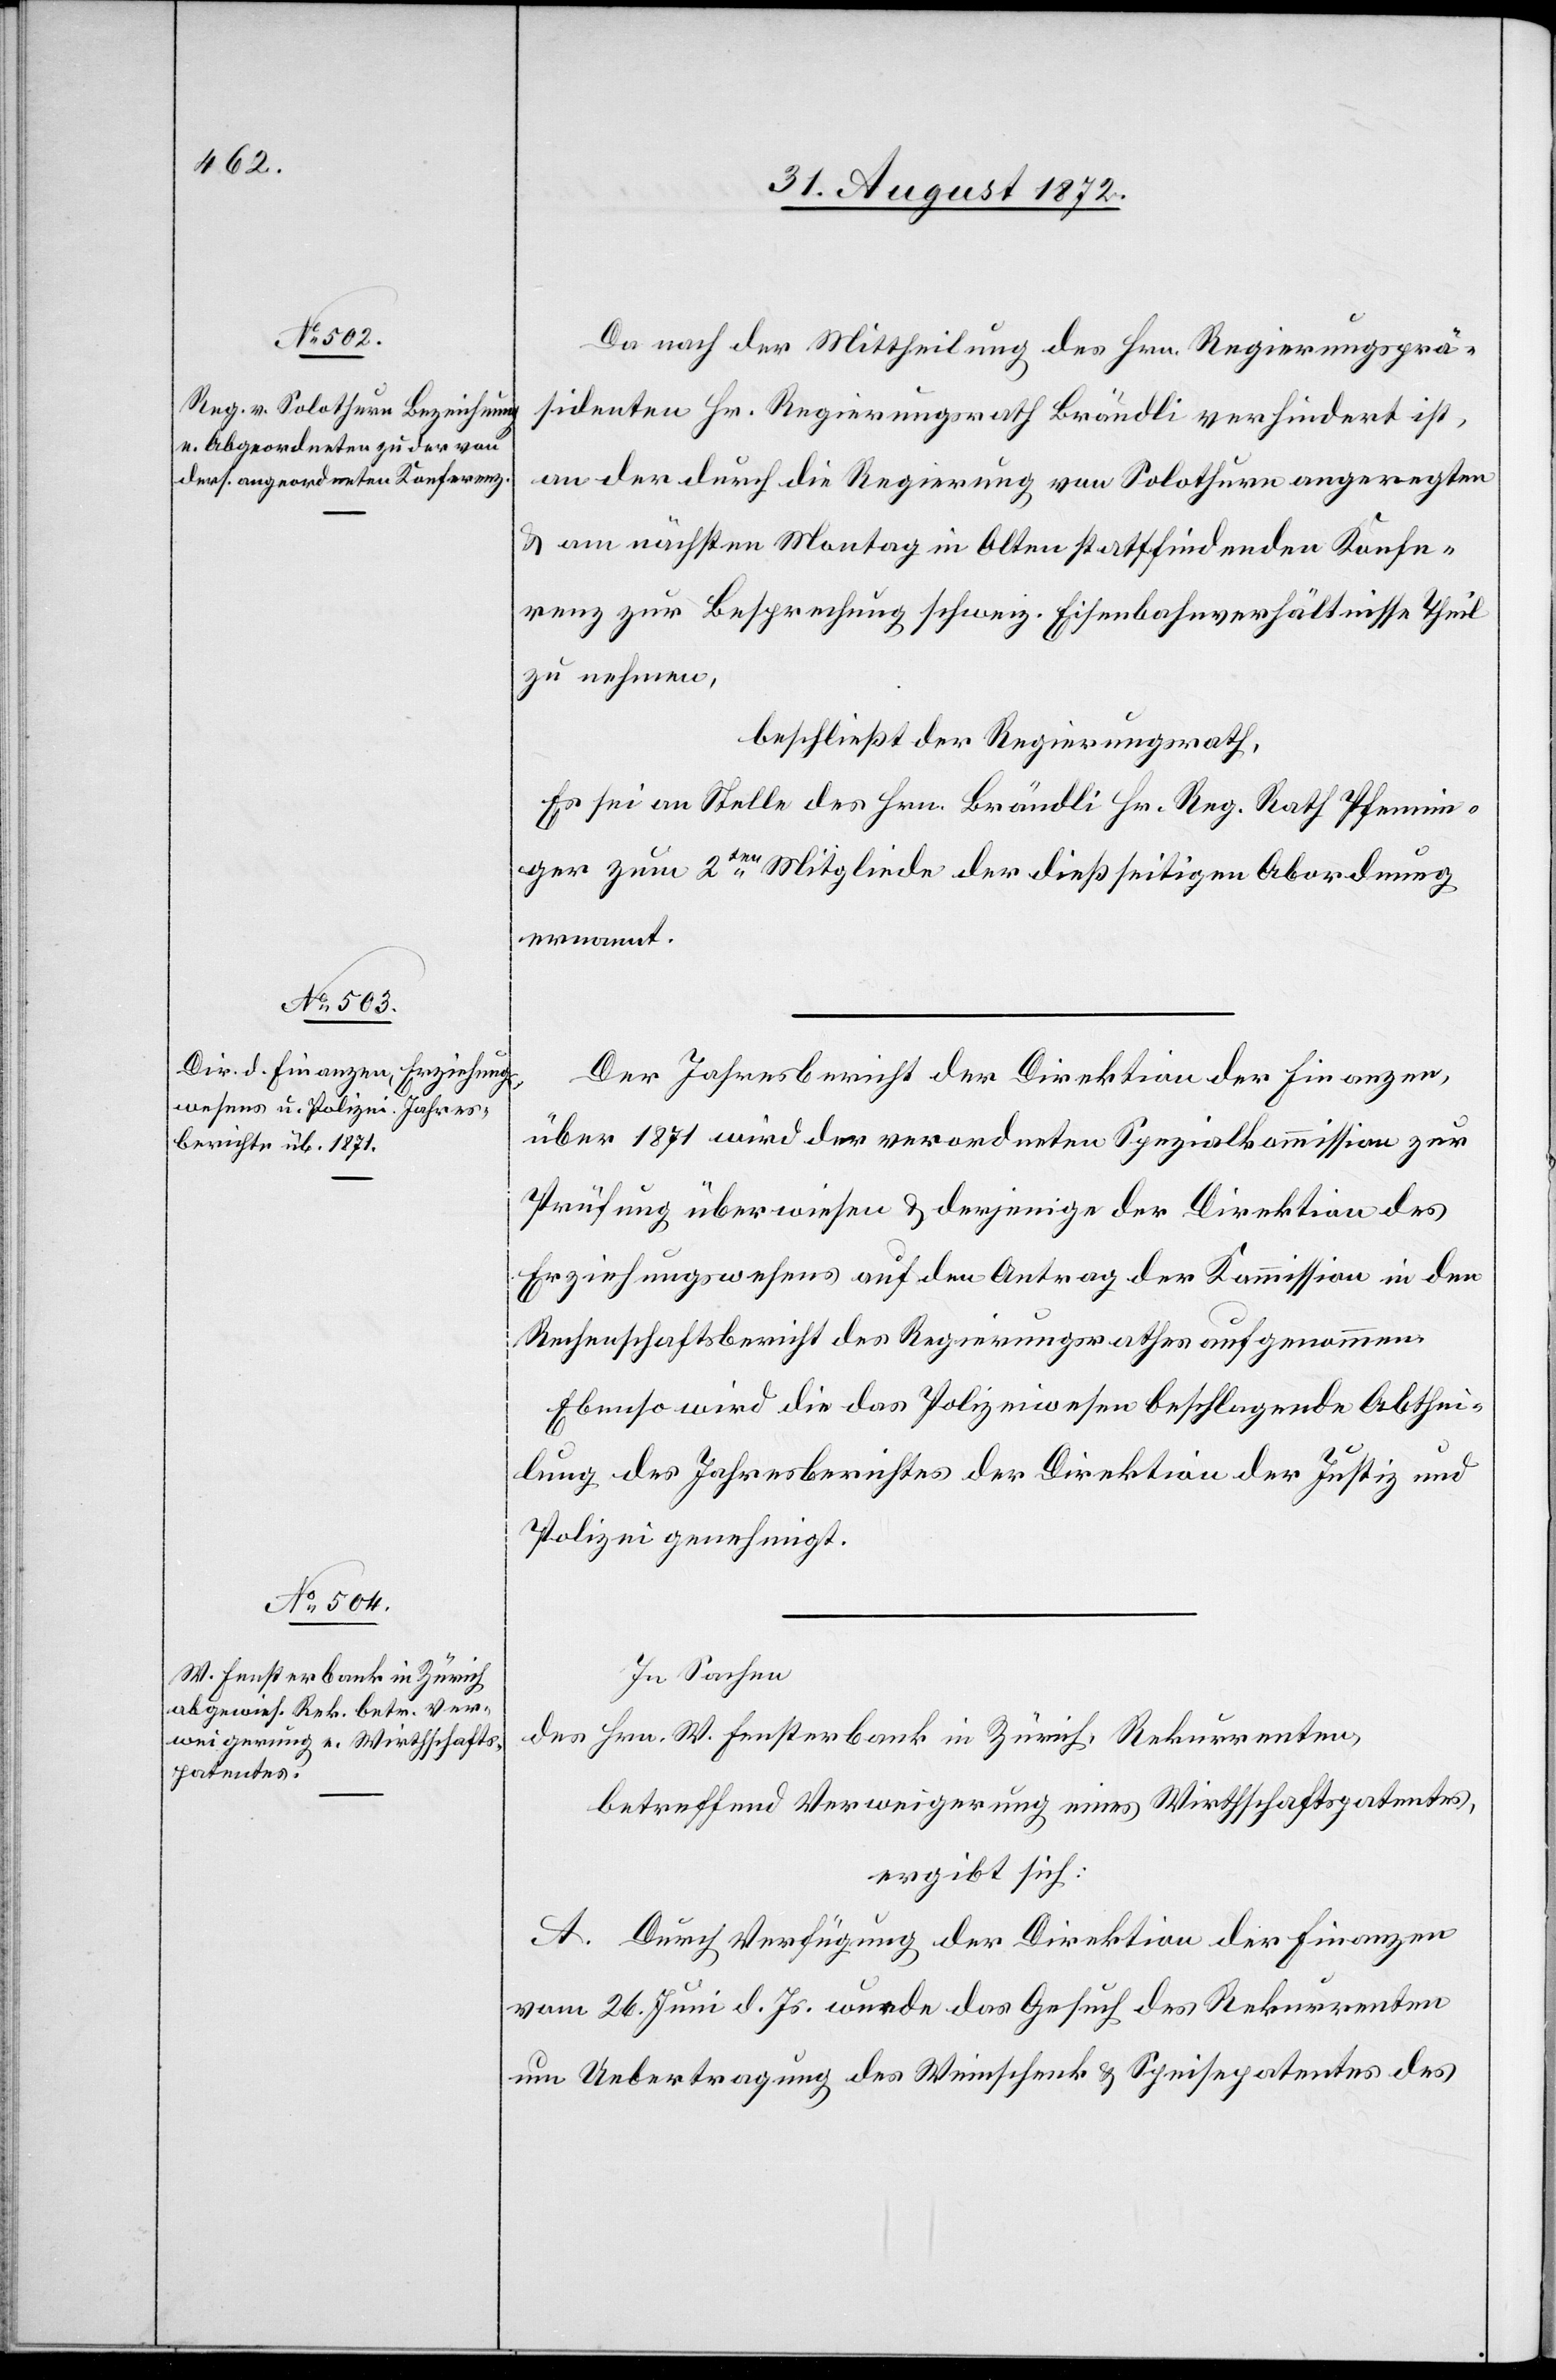
Da nach der Mittheilung des Hrn. Regierungsprä¬
sidenten Hr. Regierungsrath Brändli verhindert ist,
an der durch die Regierung von Solothurn angeregten
u. am nächsten Montag in Olten stattfindenden Konfe¬
renz zur Besprechung schweiz. Eisenbahnverhältnisse Theil
zu nehmen,
beschließt der Regierungsrath,
Es sei an Stelle des Hrn. Brändli Hr. Reg. Rath Pfennin¬
ger zum 2ten Mitgliede der dießseitigen Abordnung
ernannt.
Der Jahresbericht der Direktion der Finanzen,
über 1871 wird der verordneten Spezialkommission zur
Prüfung überwiesen u. derjenige der Direktion des
Erziehungswesens auf den Antrag der Kommission in den
Rechenschaftsbericht des Regierungsrathes aufgenommen.
Ebenso wird die das Polizeiwesen beschlagende Abthei¬
lung des Jahresberichtes der Direktion der Justiz und
Polizei genehmigt.
In Sachen
des Hrn. W. Fensterbank in Zürich, Rekurrenten,
betreffend Verweigerung eines Wirthschaftspatentes,
ergibt sich:
A. Durch Verfügung der Direktion der Finanzen
vom 26. Juni d. Js. wurde das Gesuch des Rekurrenten
um Uebertragung des Weinschenk[-] u. Speisepatentes des